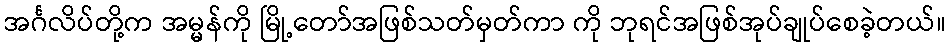
အင်္ဂလိပ်တို့က အမ္မန်ကို မြို့တော်အဖြစ်သတ်မှတ်ကာ ကို ဘုရင်အဖြစ်အုပ်ချုပ်စေခဲ့တယ်။